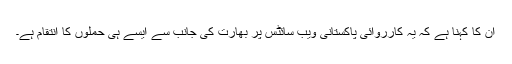
ان کا کہنا ہے کہ یہ کارروائی پاکستانی ویب سائٹس پر بھارت کی جانب سے ایسے ہی حملوں کا انتقام ہے۔